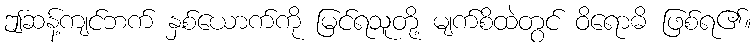
ဤဆန့်ကျင်ဘက် နှစ်ယောက်ကို မြင်ရသူတို့ မျက်စိထဲတွင် ဝိရောဓိ ဖြစ်ရ၏။